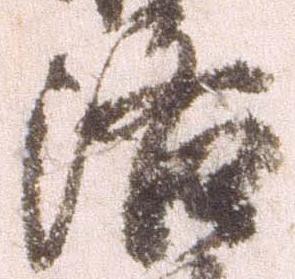
洛